Indian journal of veterinary science and animal husbandry - Volume 12,
Year: 1942
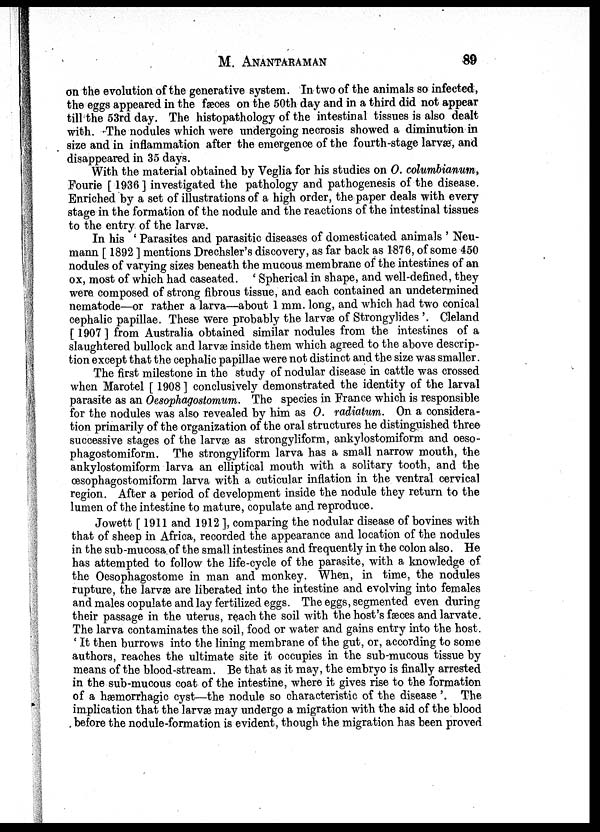
M.
ANANTARAMAN
89
on the evolution of the generative system. In two of the animals so infected,
the eggs appeared in the fæces on the 50th day and in a third did not appear
till the 53rd day. The histopathology of the intestinal tissues is also dealt
with. The nodules which were undergoing necrosis showed a diminution in
size and in inflammation after the emergence of the fourth-stage larvæ, and
disappeared in 35 days.
With the material obtained by Veglia for his studies on O. columbianum,
Fourie [ 1936] investigated the pathology and pathogenesis of the disease.
Enriched by a set of illustrations of a high order, the paper deals with every
stage in the formation of the nodule and the reactions of the intestinal tissues
to the entry of the larvæ.
In his ' Parasites and parasitic diseases of domesticated animals ' Neu-
mann [ 1892 ] mentions Drechsler's discovery, as far back as 1876, of some 450
nodules of varying sizes beneath the mucous membrane of the intestines of an
ox, most of which had caseated. ' Spherical in shape, and well-defined, they
were composed of strong fibrous tissue, and each contained an undetermined
nematode—or rather a larva—about 1 mm. long, and which had two conical
cephalic papillae. These were probably the larvæ of Strongylides '. Cleland
[ 1907] from Australia obtained similar nodules from the intestines of a
slaughtered bullock and larvæinside them which agreed to the above descrip-
tion except that the cephalic papillae were not distinct and the size was smaller.
The first milestone in the study of nodular disease in cattle was crossed
when Marotel [ 1908 ] conclusively demonstrated the identity of the larval
parasite as an Oesophagostomum. The species in France which is responsible
for the nodules was also revealed by him as O. radiatum. On a considera-
tion primarily of the organization of the oral structures he distinguished three
successive stages of the larvæ as strongyliform, ankylostomiform and oeso¬
phagostomiform. The strongyliform larva has a small narrow mouth, the
ankylostomiform larva an elliptical mouth with a solitary tooth, and the
œsophagostomiform larva with a cuticular inflation in the ventral cervical
region. After a period of development inside the nodule they return to the
lumen of the intestine to mature, copulate and reproduce.
Jowett [1911 and 1912 ], comparing the nodular disease of bovines with
that of sheep in Africa, recorded the appearance and location of the nodules
in the sub-mucosa of the small intestines and frequently in the colon also. He
has attempted to follow the life-cycle of the parasite, with a knowledge of
the Oesophagostome in man and monkey. When, in time, the nodules
rupture, the larvæ are liberated into the intestine and evolving into females
and males copulate and lay fertilized eggs. The eggs, segmented even during
their passage in the uterus, reach the soil with the host's fæces and larvate.
The larva contaminates the soil, food or water and gains entry into the host.
' It then burrows into the lining membrane of the gut, or, according to some
authors, reaches the ultimate site it occupies in the sub-mucous tissue by
means of the blood-stream. Be that as it may, the embryo is finally arrested
in the sub-mucous coat of the intestine, where it gives rise to the formation
of a hæmorrhagic cyst—the nodule so characteristic of the disease'. The
implication that the larvæ may undergo a migration with the aid of the blood
before the nodule-formation is evident, though the migration has been proved